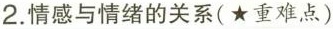
2.情感与情绪的关系(★重难点)